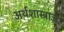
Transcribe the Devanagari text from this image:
अर्थशास्त्राज्ञ